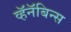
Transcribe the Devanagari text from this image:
व्हॅनॅबिन्स